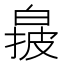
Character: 𬐌